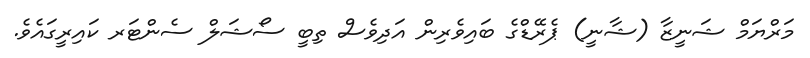
މަރްޔަމް ޝަނީޒާ (ޝާނީ) ޕެރޭޑްގެ ބައިވެރިން އަދިވެސް ތިބީ ސޯޝަލް ސެންޓަރ ކައިރީގައެވެ.